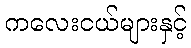
ကလေးငယ်များနှင့်